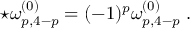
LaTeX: \star \omega _ { p , 4 - p } ^ { ( 0 ) } = ( - 1 ) ^ { p } \omega _ { p , 4 - p } ^ { ( 0 ) } \ .